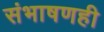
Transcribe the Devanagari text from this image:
संभाषणही